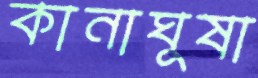
কানাঘুষা